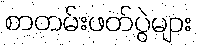
စာတမ်းဖတ်ပွဲများ